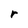
Character: r